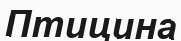
Птицина